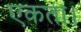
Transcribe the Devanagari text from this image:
एकता।